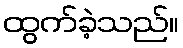
ထွက်ခဲ့သည်။